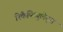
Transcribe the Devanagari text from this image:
रिकैपिच्युलेट्स